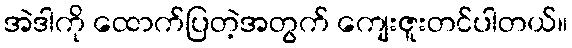
အဲဒါကို ထောက်ပြတဲ့အတွက် ကျေးဇူးတင်ပါတယ်။